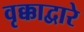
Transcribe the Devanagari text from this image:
वृक्काद्वारे